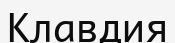
Клавдия